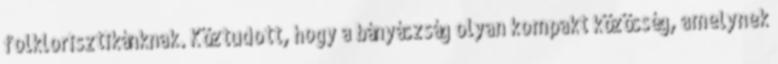
folklorisztikánknak. Köztudott, hogy a bányászság olyan kompakt közösség, amelynek